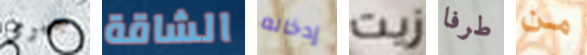
جيرمى الشاقة إدخاله زيت طرفا من